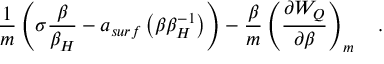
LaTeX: \frac 1 m \left( \sigma { \frac { \beta } { \beta _ { H } } } - a _ { s u r f } \left( \beta \beta _ { H } ^ { - 1 } \right) \right) - { \frac { \beta } { m } } \left( { \frac { \partial W _ { Q } } { \partial \beta } } \right) _ { m } ~ ~ ~ .